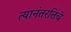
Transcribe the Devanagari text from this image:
त्यानंतरतिचे